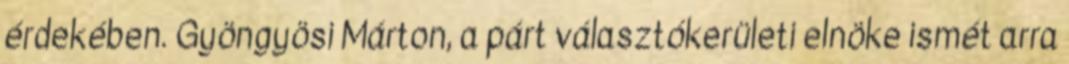
érdekében. Gyöngyösi Márton, a párt választókerületi elnöke ismét arra